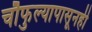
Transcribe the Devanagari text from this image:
चौफुल्यापासूनही